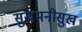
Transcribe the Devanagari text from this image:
सुखमनीसुख